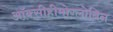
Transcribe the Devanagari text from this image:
ऑक्सीहीमोग्लोबिन